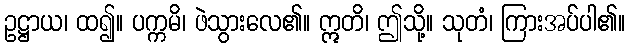
ဥဋ္ဌာယ၊ ထ၍။ ပက္ကမိ၊ ဖဲသွားလေ၏။ ဣတိ၊ ဤသို့။ သုတံ၊ ကြားအပ်ပါ၏။